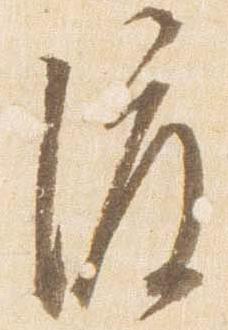
渡